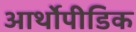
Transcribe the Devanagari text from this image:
आर्थोपीडिक